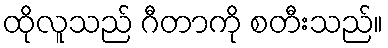
ထိုလူသည် ဂီတာကို စတီးသည်။